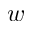
w